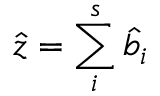
\hat { z } = \sum _ { i } ^ { s } \hat { b } _ { i }